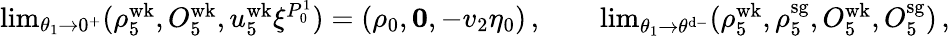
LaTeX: \begin{array}{r}{\operatorname*{lim}_{\theta_{1}\to 0^{+}}(\rho_{5}^{\mathrm{wk}},O_{5}^{\mathrm{wk}},u_{5}^{\mathrm{wk}}\xi^{P_{0}^{1}})=(\rho_{0},\mathbf{0},-v_{2}\eta_{0})\, ,\qquad\operatorname*{lim}_{\theta_{1}\to\theta^{\mathrm{d-}}}(\rho_{5}^{\mathrm{wk}},\rho_{5}^{\mathrm{sg}},O_{5}^{\mathrm{wk}},O_{5}^{\mathrm{sg}})\, ,}\end{array}